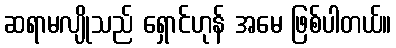
ဆရာမလျိုသည် ရှောင်ဟုန် အမေ ဖြစ်ပါတယ်။